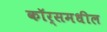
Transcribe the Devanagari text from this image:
कॉर्समधील